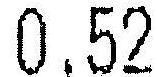
0.52